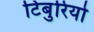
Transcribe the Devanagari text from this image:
टिबुरियो